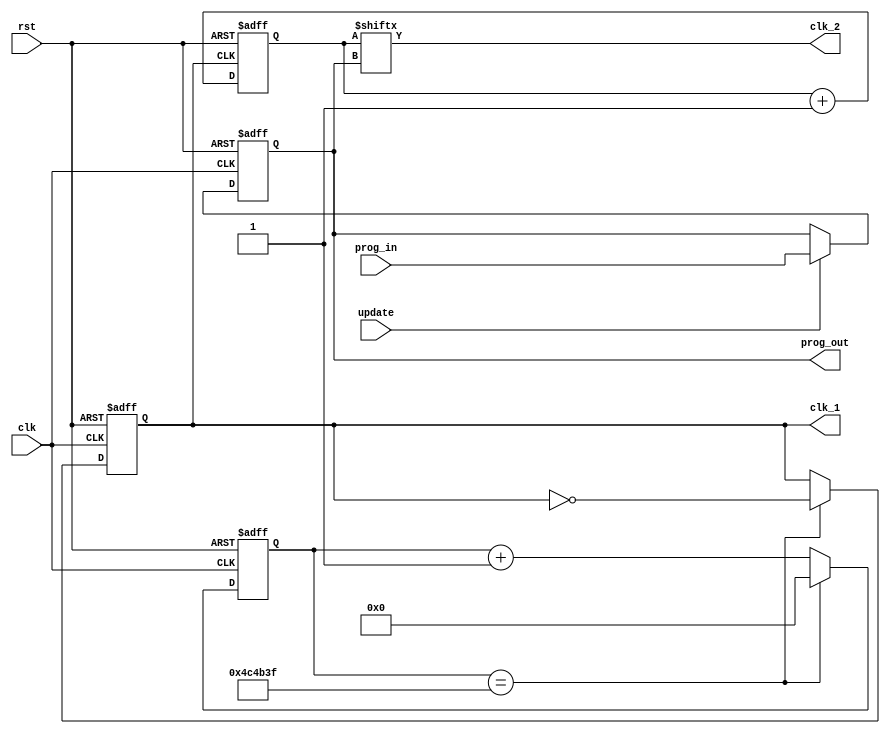
module dcm // controla os dois clocks o clk_1 e o clk_2
 #(parameter HALF_MS_CONT = 5000000)
(
  input rst, // reset do mdulo que e ativo alto (1);
  input clk, // clock de referncia deste mdulo sncrono que opera a 100 MHz
  input update, // indica que o clock lento deve ser atualizado para a frequncia indicada pelo sinal prog_in
  input [2:0] prog_in,// indica qual frequncia o clock lento deve operar 
  
  output reg clk_1, // clock rpido gerado, que opera a 10 Hz
  output clk_2, // clock lento gerado, que pode operar entre 10Hz e 78.125 mHz;
  output [2:0] prog_out // indica qual frequncia que o clock lento est gerando naquele momento
);

 // registradores usados para controlar os contadores e armazear informaes relacionadas  egrao dos clocks
 reg [31:0] cont_50K;
 reg [2:0] prog_reg; 
 reg [7:0] count_mode;
 reg [2:0] mode;
  
  always @(posedge clk or posedge rst)
  begin
   if (rst == 1'b1) begin // se o reset estiver ativo
      clk_1 <= 1'b0; // define o clock  como 0
      cont_50K <= 32'd0; // o contador  reiniciaado
      mode <= 3'd0; // e o mode  definido como 0, ou seja, a frequencia mais baixa do clock 
    end
   
    else begin // reset inativo
     if (cont_50K == HALF_MS_CONT-1) begin // se o contador atingir o valor do half ms
        clk_1  <= ~clk_1; // ocorre uma mudana de estado no clock, de 0 para 1 ou de 1 para 0
        cont_50K <= 32'd0; 
      end
     
      else begin // se o contador no atingir o valor do half ms
        cont_50K <= cont_50K + 1; // ele  incrementado em 1
      end
     
     if(update == 1)begin // se o update for ativado
      mode <= prog_in; // o mode recebe o valor do sinal do prog_in, indicando a frequncia desejada para o clock 
     end
    end
  end

 always @(posedge clk_1 or posedge rst)
    begin
      if(rst == 1)begin // apertou o reset
        prog_reg <= 2'd0; // vai pro mode 0 (modo de freq mais baixo), ou seja, 0.1s
        count_mode <= 8'd0;  // reinicia o count_mode
      end
     
      else begin // se o reset estiver inativo
         count_mode <= count_mode + 8'd1; // o count_mode  incrementado em 1
      end
    end
        
 assign prog_out = mode; // o sinal de prog_out  atribudo ao reg mode, indicando a frequncia atual do clock
 assign clk_2 = count_mode[mode]; // o sinal do clk_2  atribudo ao bit correspondente do modo atual

endmodule